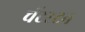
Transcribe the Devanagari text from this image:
चॅटरटन